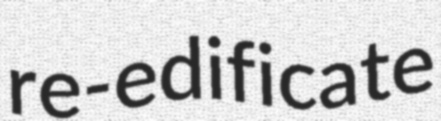
re-edificate